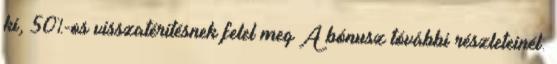
ki, 50%-os visszatéritésnek felel meg A bónusz tóvábbi részleteinél: